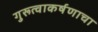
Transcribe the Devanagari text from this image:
गुरूत्वाकर्षणाचा